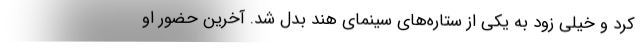
کرد و خیلی زود به یکی از ستاره‌های سینمای هند بدل شد. آخرین حضور او